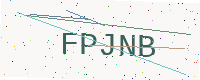
Text: FPJNB